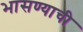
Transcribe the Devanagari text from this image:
भासण्याची